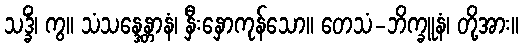
သဒ္ခိံ၊ ကွ။ သံသန္ဒေန္တာနံ၊ နှီးနှောကုန်သော။ တေသံ-ဘိက္ခူနံ၊ တို့အား။